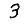
Digit: 3